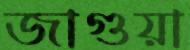
জাগুয়া